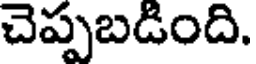
చెప్పబడింది.